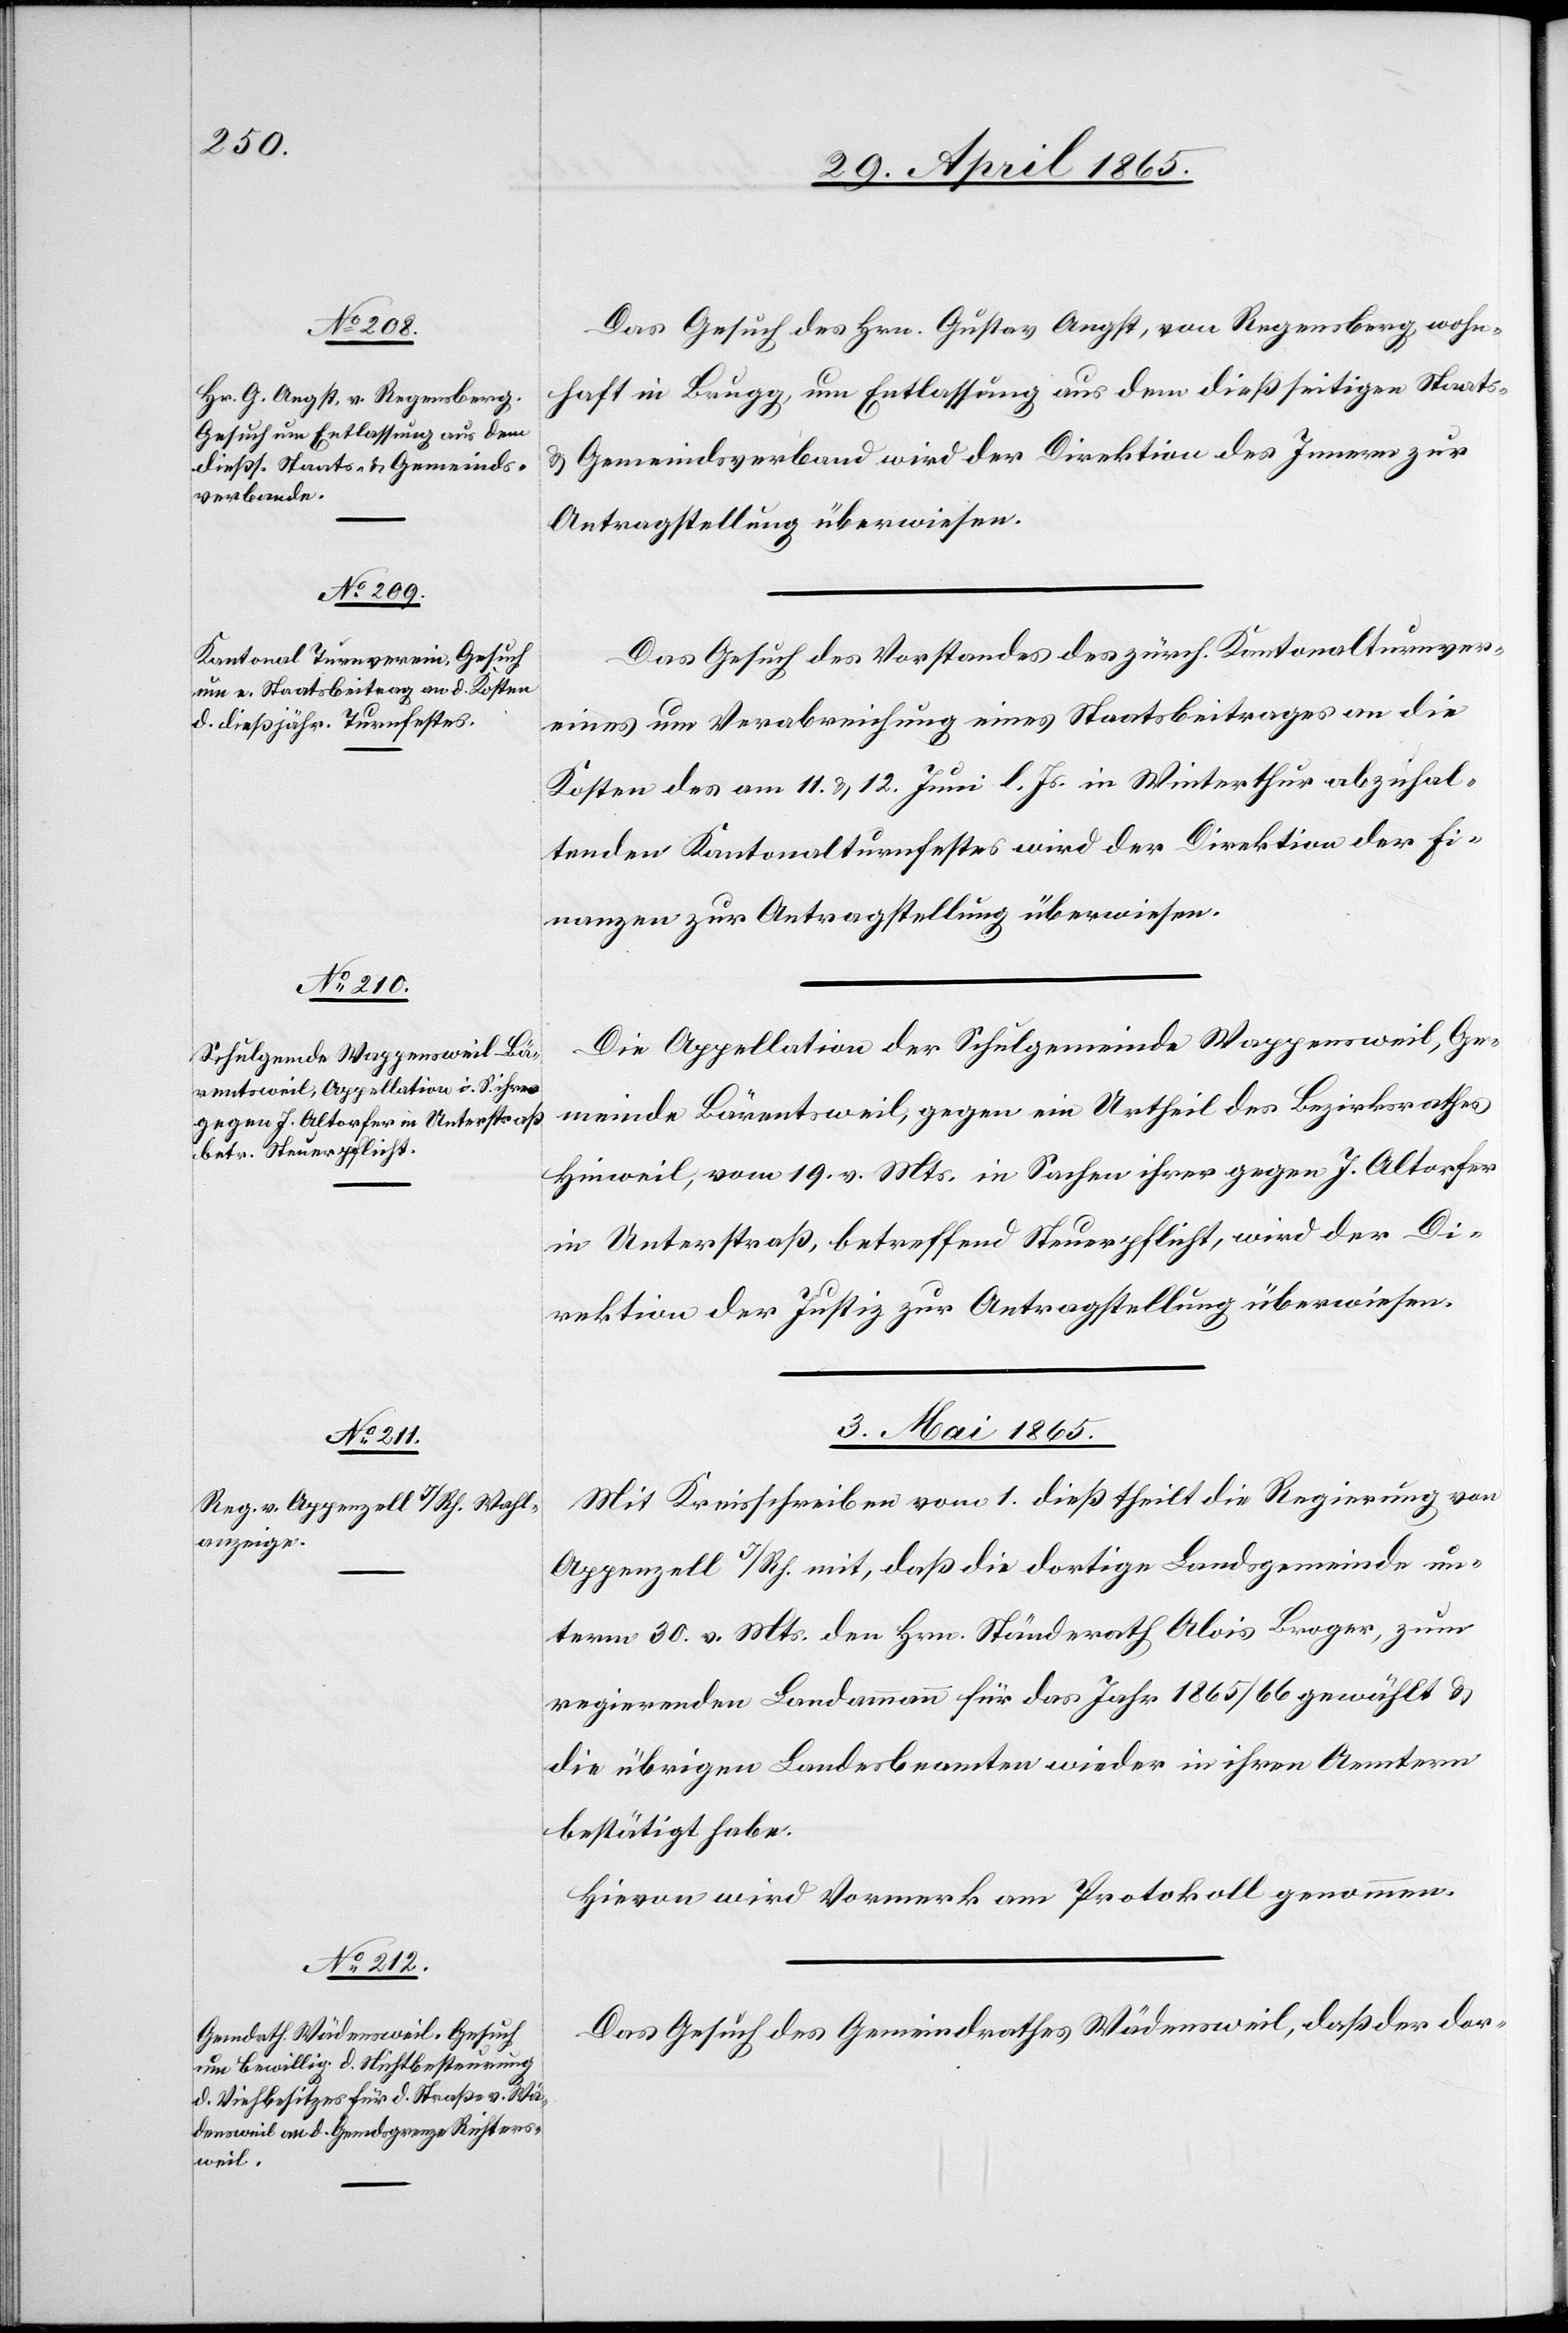
Das Gesuch des Hrn. Gustav Angst, von Regensberg, wohn¬
haft in Brugg, um Entlassung aus dem dießseitigen Staats-
& Gemeindsverband wird der Direktion des Innern zur
Antragstellung überwiesen.
Das Gesuch des Vorstandes des zürch. Kantonalturnver¬
eines um Verabreichung eines Staatsbeitrages an die
Kosten des am 11. & 12. Juni l. Js. in Winterthur abzuhal¬
tenden Kantonalturnfestes wird der Direktion der Fi¬
nanzen zur Antragstellung überwiesen.
Die Appellation der Schulgemeinde Wappensweil, Ge¬
meinde Bärentsweil, gegen ein Urtheil des Bezirksrathes
Hinweil, vom 19. v. Mts. in Sachen ihrer gegen J. Altorfer
in Unterstraß, betreffend Steuerpflicht, wird der Di¬
rektion der Justiz zur Antragstellung überwiesen.
3. Mai 1865.]
Mit Kreisschreiben vom 1. dieß theilt die Regierung von
Appenzell I/Rh. mit, daß die dortige Landsgemeinde un¬
term 30. v. Mts. den Hrn. Ständerath Alois Broger, zum
regierenden Landammann für das Jahr 1865/66 gewählt &
die übrigen Landesbeamten wieder in ihren Aemtern
bestätigt habe.
Hievon wird Vormerk am Protokoll genommen.
Das Gesuch des Gemeindrathes Wädensweil, daß der dor-